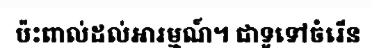
ប៉ះពាល់ដល់អារម្មណ៍។ ជាទូទៅចំរើន